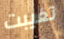
تغيبت